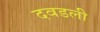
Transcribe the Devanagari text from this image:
दवडली